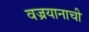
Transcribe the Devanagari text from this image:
वज्रयानाची